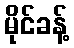
မိုင်ခန့်